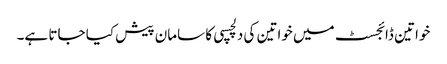
خواتین ڈائجسٹ میں خواتین کی دلچسپی کا سامان پیش کیا جاتا ہے۔